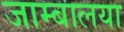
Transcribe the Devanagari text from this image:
जाम्बालया